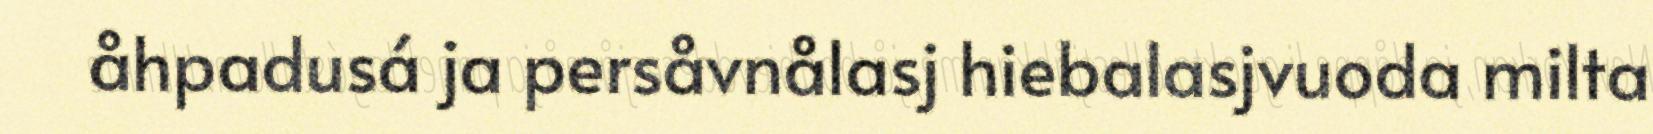
åhpadusá ja persåvnålasj hiebalasjvuoda milta